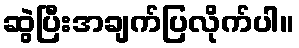
ဆွဲပြီးအချက်ပြလိုက်ပါ။